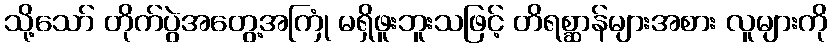
သို့သော် တိုက်ပွဲအတွေ့အကြုံ မရှိဖူးဘူးသဖြင့် တိရစ္ဆာန်များအစား လူများကို